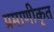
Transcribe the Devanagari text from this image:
प्रमाणीकृत